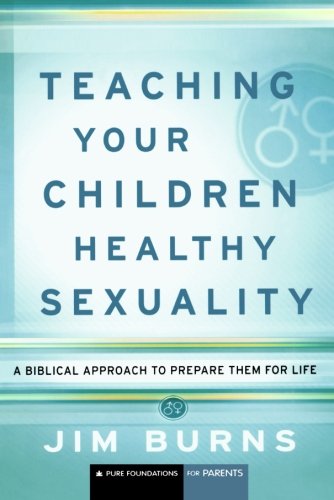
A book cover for Teaching Your Children Healthy Sexuality: A Biblical Approach to Prepare Them for Life (Pure Foundations); Jim Burns; Religion & Spirituality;